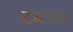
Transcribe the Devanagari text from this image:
टबभर